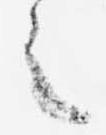
之